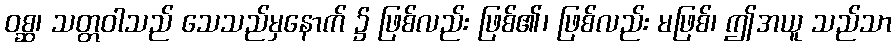
ဝစ္ဆ၊ သတ္တဝါသည် သေသည်မှနောက် ၌ ဖြစ်လည်း ဖြစ်၏၊ ဖြစ်လည်း မဖြစ်၊ ဤအယူ သည်သာ